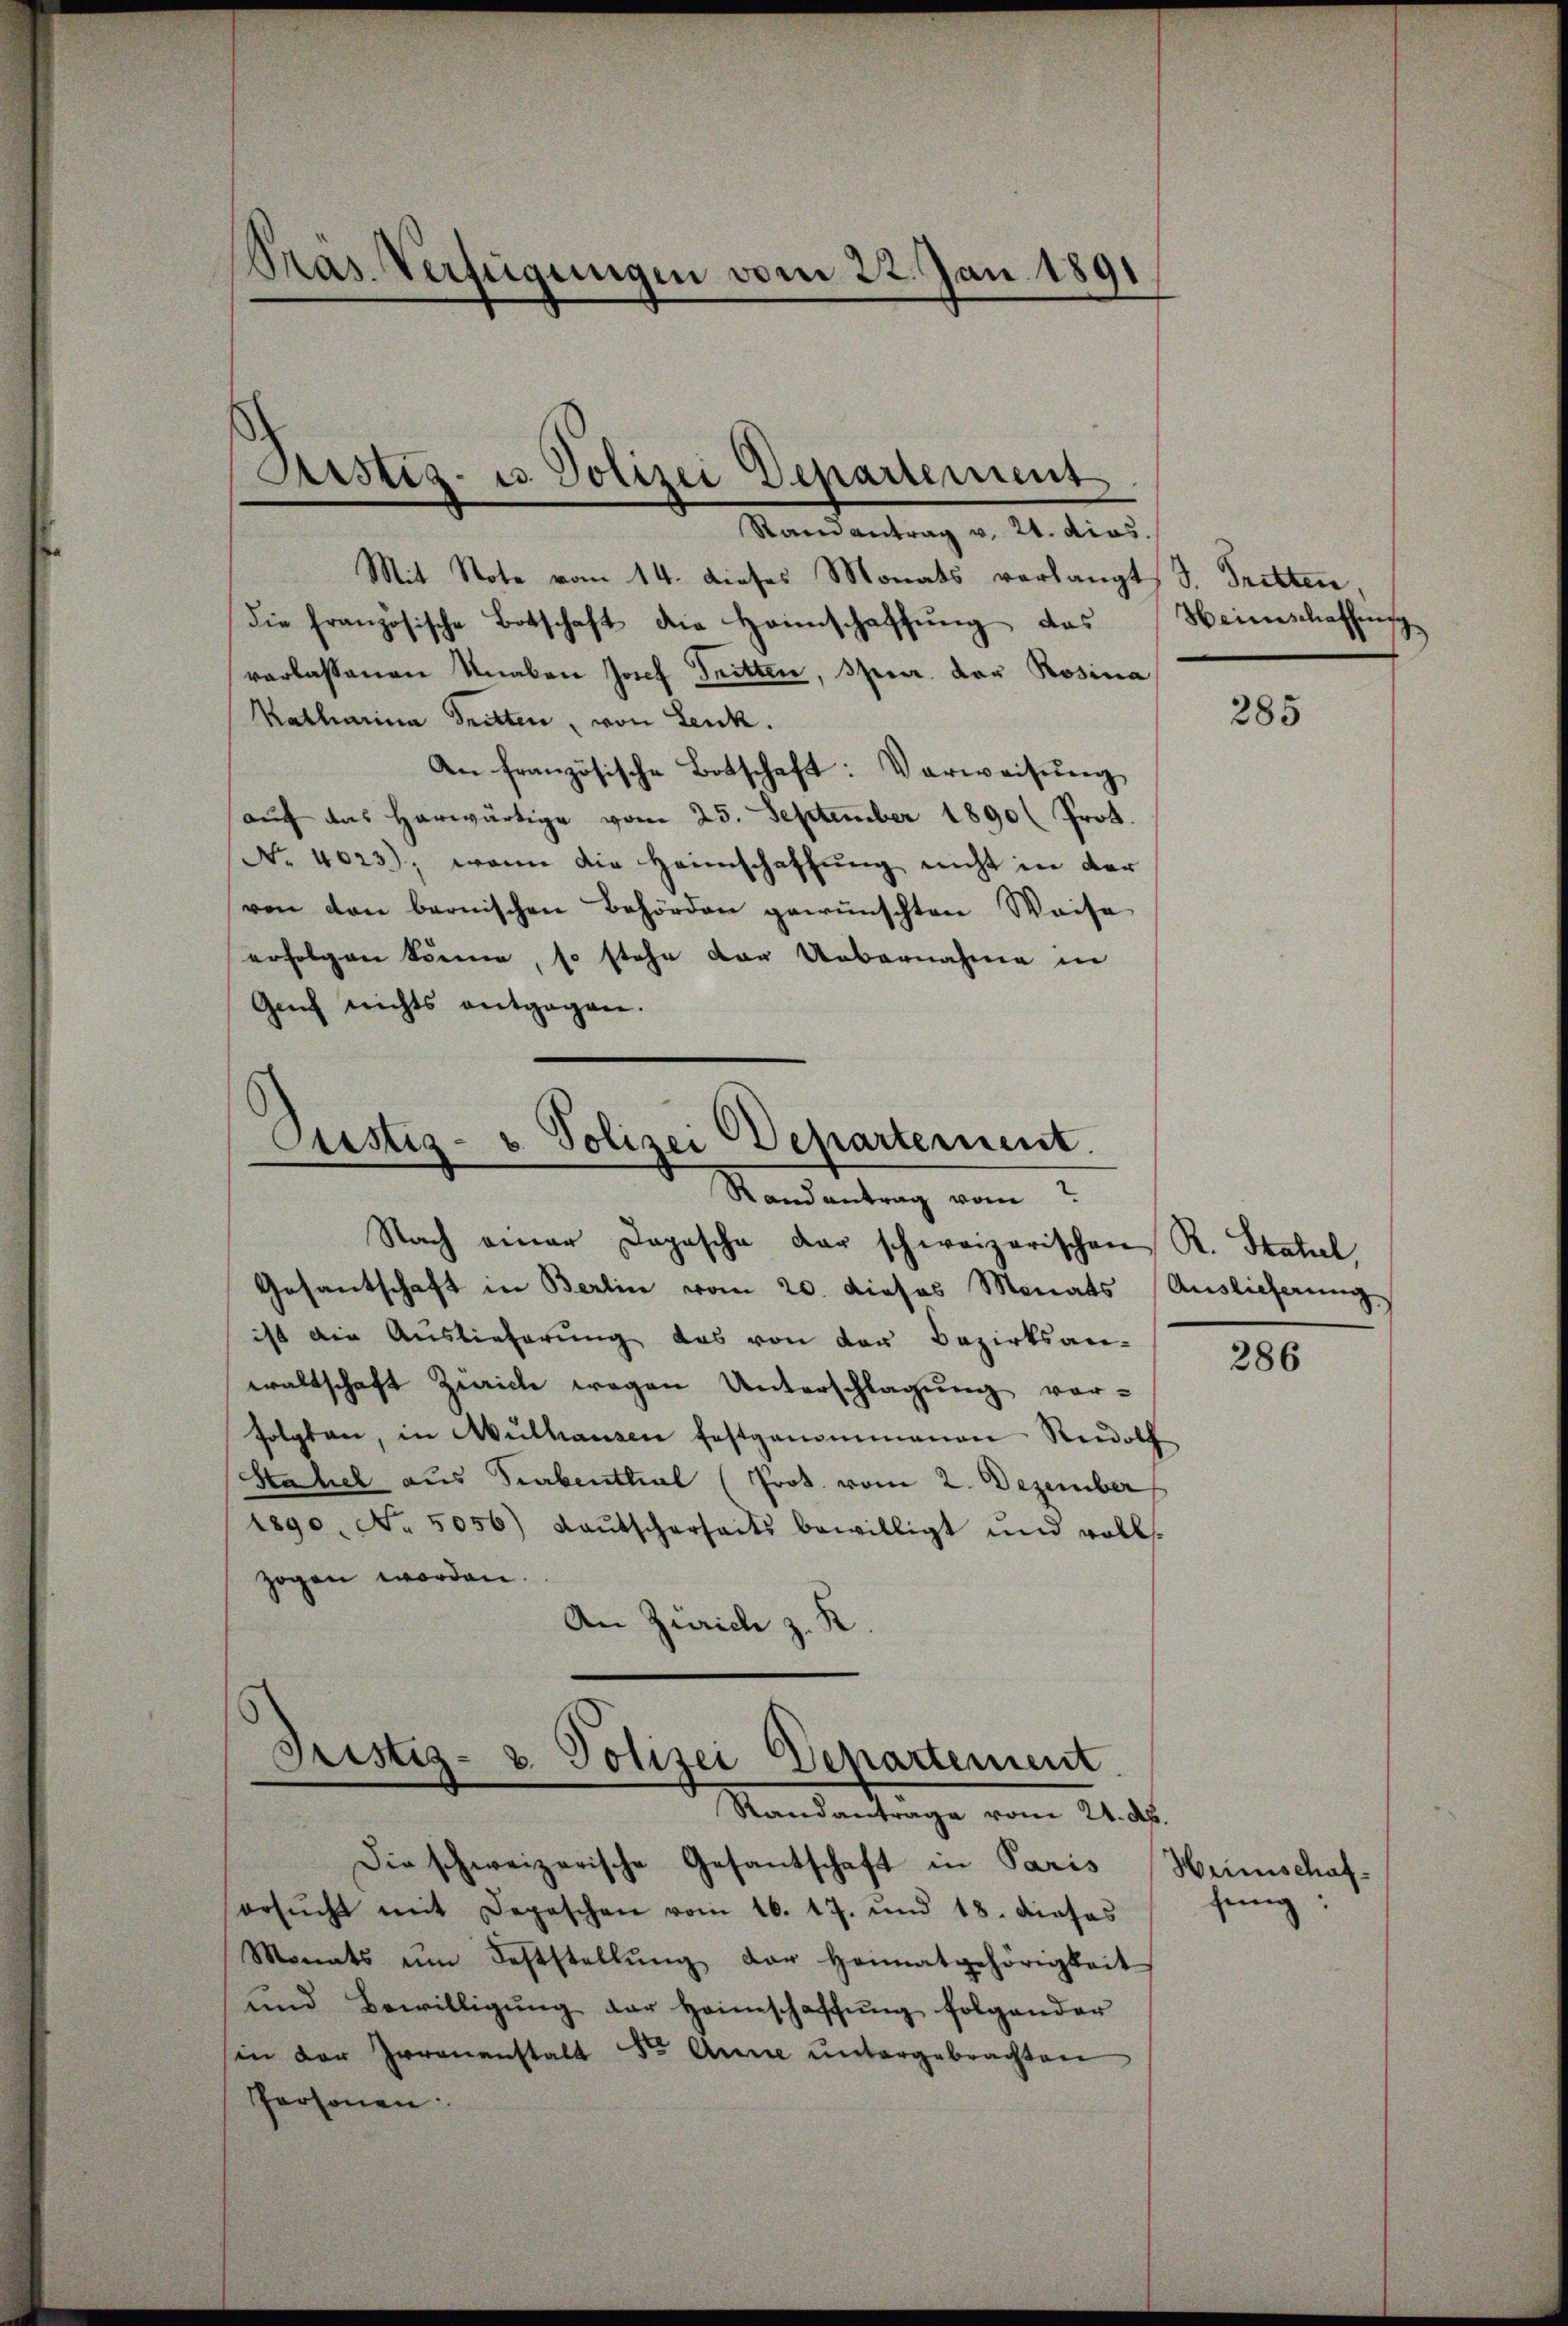
Präs. Verfügungen vom 22. Jan. 1891
Arstiz- u. Polizei Departement
Randantrag v. 24. dies

Mit Note vom 14. dieses Monats verlangt, d. Tritten,
die französische Botschaft die Heimschaffung des
verlassenen Knaben Josef Tritten, Spur der Rosina
Katharina Tritten, von Lenk.
An französische Botschaft: Verweisung
auch das herwärtige vom 25. September 1890 Prof.
No. 4023), wenn die Heimschaffung nicht in der
ven von bernischen Behörden gewünschten Weise
erfolgen könne, so stehe der Uebernahme in
Gef nichts entgegen.

Custiz- u. Polizei Departement.
Randantrag vom

Nach einer Dopasche der schweizerischen R. Stahel,
Gesantschaft in Berlin vom 20. dieses Monats Auslieferung
ist die Auslieferung das von der Bezirksan-
waltschaft Zürich wegen Unterschlagung vor-
folgten, in Mülhausen festgenommenen Recoth
Stahel aus Turbenthal (Prot. vom 2. Dezember
1890. No. 5056) Laŭtscharseits bewilligt und volls-
zogen worden.
An Zürich z. R.

Fristiz- & Polizei Departement.
Mandantrage vom 21. d.

Die schweizerische Gesantschaft in Paris Heimischafersŭcht mit Depeschen vom 16. 17. und 18. dieses
Monats ŭm Feststellŭng der Heimatgehörigkeit
ŭnd Bewilligŭng der Heimschaffŭng folgender
sin der Irrenanstalt Fr. Anne ŭntergebrachten
Personen

Heimschaffung

285

286

sung: